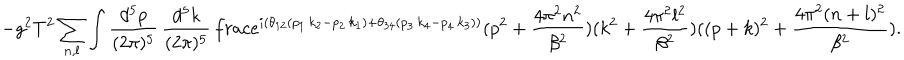
- g ^ { 2 } T ^ { 2 } \sum _ { n , l } \int \frac { d ^ { 5 } p } { ( 2 \pi ) ^ { 5 } } \, \frac { d ^ { 5 } k } { ( 2 \pi ) ^ { 5 } } \, \frac { e ^ { i ( \theta _ { 1 2 } ( p _ { 1 } \, k _ { 2 } - p _ { 2 } \, k _ { 1 } ) + \theta _ { 3 4 } ( p _ { 3 } \, k _ { 4 } - p _ { 4 } \, k _ { 3 } ) ) } } { ( p ^ { 2 } + \frac { 4 \pi ^ { 2 } n ^ { 2 } } { \beta ^ { 2 } } ) ( k ^ { 2 } + \frac { 4 \pi ^ { 2 } l ^ { 2 } } { \beta ^ { 2 } } ) ( ( p + k ) ^ { 2 } + \frac { 4 \pi ^ { 2 } ( n + l ) ^ { 2 } } { \beta ^ { 2 } } ) } .